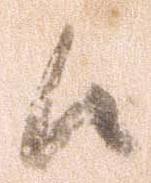
候